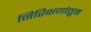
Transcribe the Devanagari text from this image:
निरिक्षणांतून